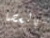
بالعصا